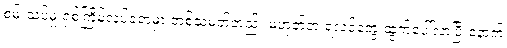
စမ်းသပ်မှု ရှစ်ကြိမ်လုပ်ခဲ့ရာမှာ တစ်သမတ်တည်း မဟုတ်တဲ့ ရလဒ်တွေ ထွက်ပေါ်လာပြီးနောက်